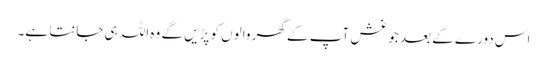
اس دورے کے بعد جو غش آپ کے گھر والوں کو پڑیں گے وہ اللہ ہی جانتا ہے۔